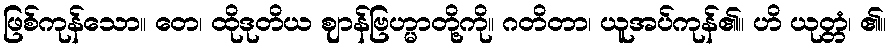
ဖြစ်ကုန်သော။ တေ၊ ထိုဒုတိယ ဈာန်ဗြဟ္မာတို့ကို။ ဂတိတာ၊ ယူအပ်ကုန်၏။ ဟိ ယုတ္တံ၊ ၏။